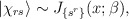
\begin{align*}|\chi_{rs}\rangle \sim J_{\{ s^r\}}(x;\beta),\end{align*}